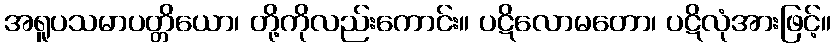
အရူပသမာပတ္တိယော၊ တို့ကိုလည်းကောင်း။ ပဋိလောမတော၊ ပဋိလုံအားဖြင့်။